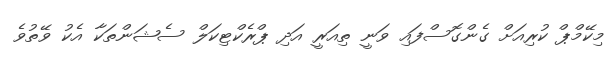
މިކޭމްޕް ކުރިއަށް ގެންގޮސްފައި ވަނީ ތިއަރީ އަދި ޕްރެކްޓިކަލް ސެޝަންތަކާ އެކު ވޭތުވެ